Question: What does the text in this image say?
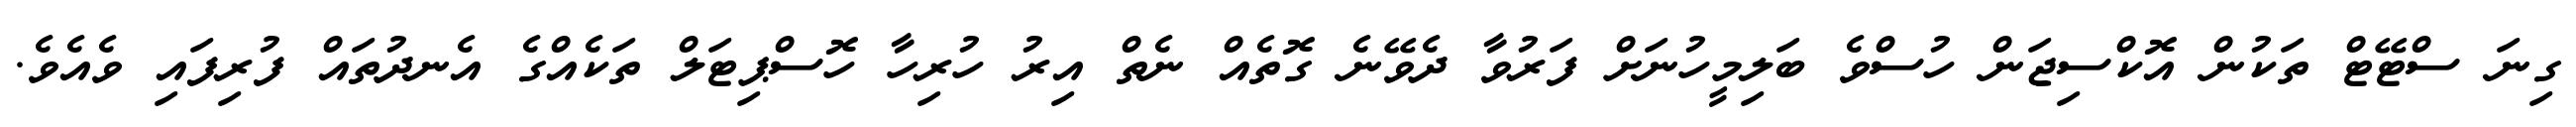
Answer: ގިނަ ސްޓޭޓް ތަކުން އޮކްސިޖަން ހުސްވެ ބަލިމީހުނަށް ފަރުވާ ދެވޭނެ ގޮތެއް ނެތް އިރު ހުރިހާ ހޮސްޕިޓަލް ތަކެއްގެ އެނދުތައް ފުރިފައި ވެއެވެ.